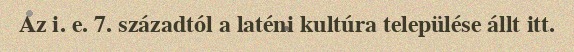
Az i. e. 7. századtól a laténi kultúra települése állt itt.